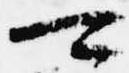
可